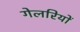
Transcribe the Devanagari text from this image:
गेलरियों